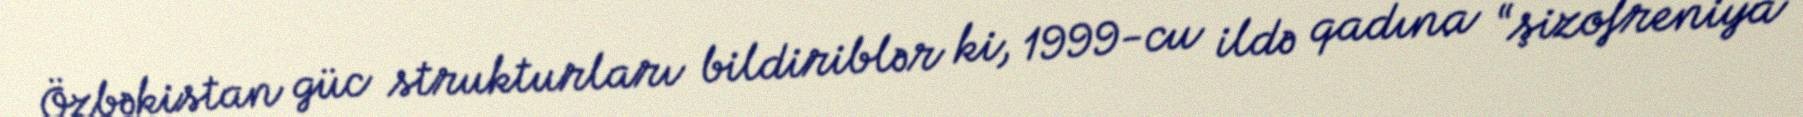
Özbəkistan güc strukturları bildiriblər ki, 1999-cu ildə qadına “şizofreniya”